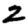
Digit: 2